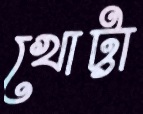
খোট্টা